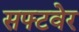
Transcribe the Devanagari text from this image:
सफ्टवेर